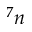
^ 7 n